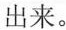
出来。